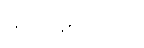
မည်ဖြစ်သည်။